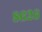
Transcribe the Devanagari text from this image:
८६२६